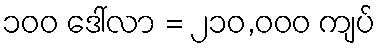
၁၀၀ ဒေါ်လာ = ၂၁၀,၀၀၀ ကျပ်